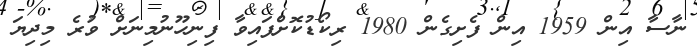
ނާސާ އިން 1959 އިން ފެށިގެން 1980 ރިކޯޑުކޮށްފައިވާ ފިނިހޫނުމިނަށް ވުރެ މިދިޔަ